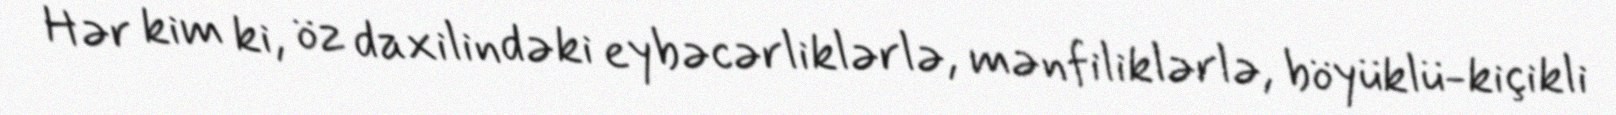
Hər kim ki, öz daxilindəki eybəcərliklərlə, mənfiliklərlə, böyüklü-kiçikli